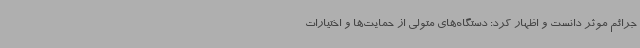
جرائم موثر دانست و اظهار کرد: دستگاه‌های متولی از حمایت‌ها و اختیارات